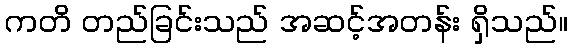
ကတိ တည်ခြင်းသည် အဆင့်အတန်း ရှိသည်။